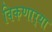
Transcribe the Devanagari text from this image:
विकणार्‍या